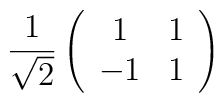
\frac{1}{\sqrt{2}} \left( \begin{array}{cc}1&1 \\-1&1 \end{array} \right)